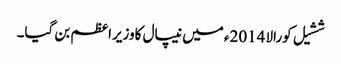
ششیل کورالا 2014ء میں نیپال کاوزیراعظم بن گیا۔